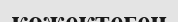
көжектеген